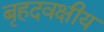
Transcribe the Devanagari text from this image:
बृहदवक्षीय